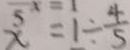
x = 1 \div \frac { 4 } { 5 }